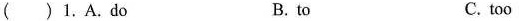
( )1. A.do B. to C. too